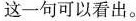
这一句可以看出。